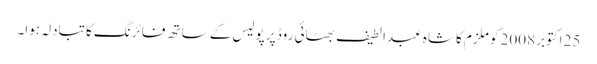
25 اکتوبر 2008 کو ملزم کا شاہ عبدالطیف بھٹائی روڈ پر پولیس کے ساتھ فائرنگ کا تبادلہ ہوا۔